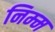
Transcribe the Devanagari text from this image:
निम्‍म